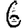
Digit: 6